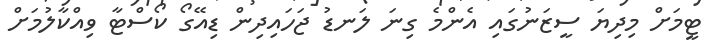
ޓީމަށް މިދިޔަ ސީޒަނުގައި އެންމެ ގިނަ ލަނޑު ޖަހައިދިން ޑިއޭގޯ ކޯސްޓާ ވިއްކާލުމަށް